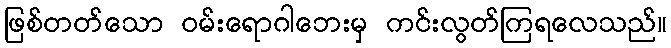
ဖြစ်တတ်သော ဝမ်းရောဂါဘေးမှ ကင်းလွတ်ကြရလေသည်။